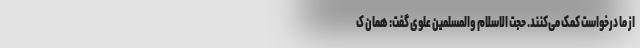
از ما درخواست کمک می‌کنند. حجت الاسلام والمسلمین علوی گفت: همان ک